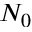
N _ { 0 }